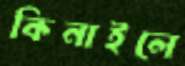
কিনাইলে